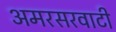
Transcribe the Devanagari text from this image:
अमरसरवाटी